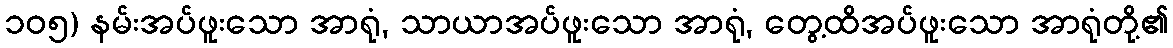
၁၀၅) နမ်းအပ်ဖူးသော အာရုံ, သာယာအပ်ဖူးသော အာရုံ, တွေ့ထိအပ်ဖူးသော အာရုံတို့၏